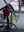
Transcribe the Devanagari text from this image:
गेंग्वे